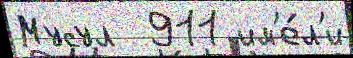
Мусул  911 им'е́л'и